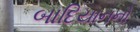
બાદિયાનનો